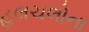
હલચલોના